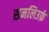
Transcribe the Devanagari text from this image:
सनलिउर्फ़